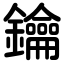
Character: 鑰